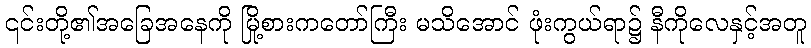
၎င်းတို့၏အခြေအနေကို မြို့စားကတော်ကြီး မသိအောင် ဖုံးကွယ်ရာ၌ နီကိုလေနှင့်အတူ